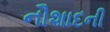
નૌશાદની